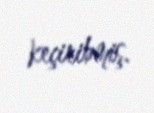
keçiribmiş.